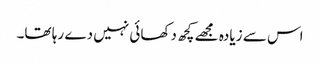
اس سے زیادہ مجھے کچھ دکھائی نہیں دے رہا تھا۔